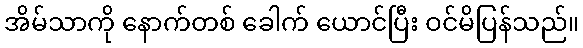
အိမ်သာကို နောက်တစ် ခေါက် ယောင်ပြီး ဝင်မိပြန်သည်။